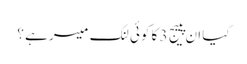
کیا ان پییج 3 کا کوئی لنک میسر ہے ؟